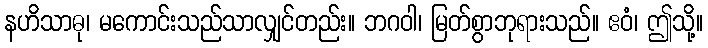
နဟိသာဓု၊ မကောင်းသည်သာလျှင်တည်း။ ဘဂဝါ၊ မြတ်စွာဘုရားသည်။ ဧဝံ၊ ဤသို့။